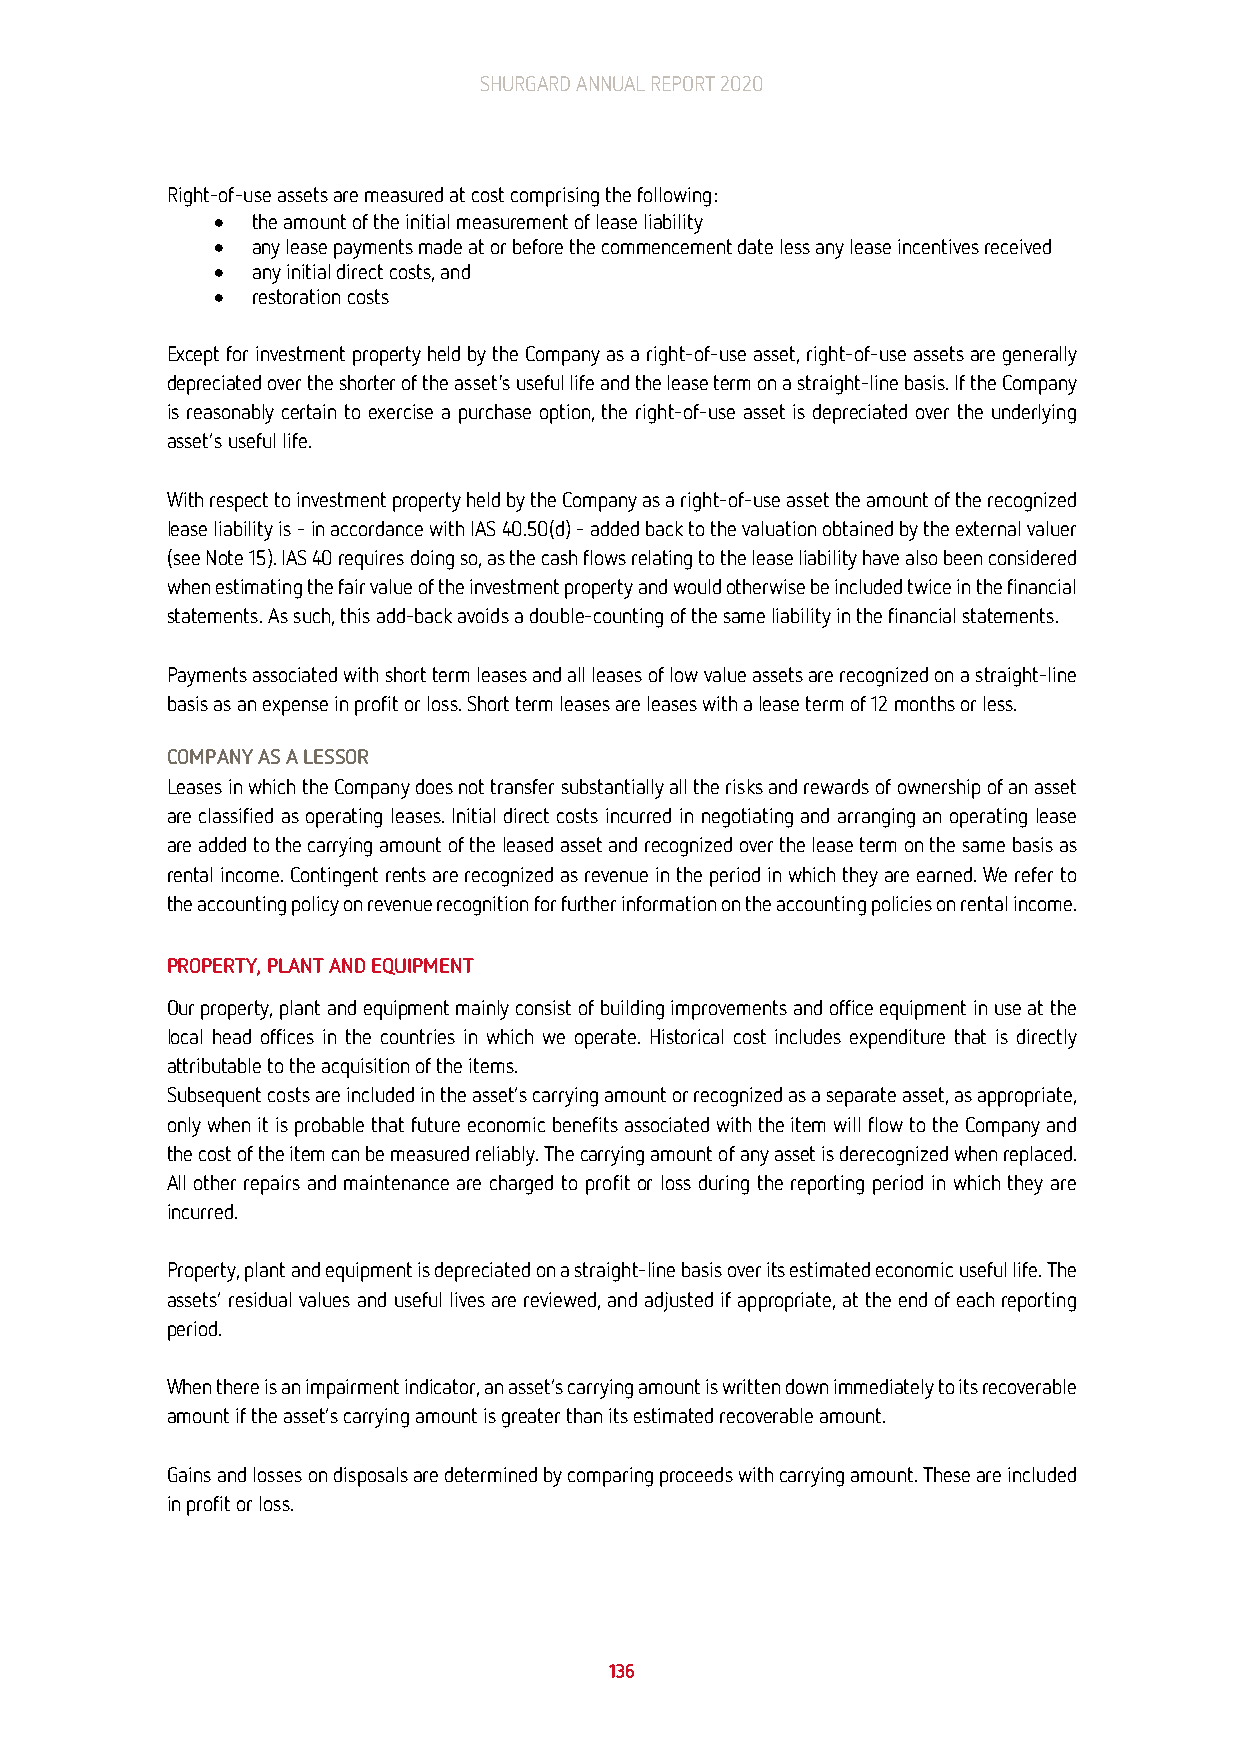
SHURGARD ANNUAL REPORT 2020
 Right-of-use assets are measured at cost comprising the following:
 •  the amount of the initial measurement of lease liability
 •  any lease payments made at or before the commencement date less any lease incentives received
 •  any initial direct costs, and
 •  restoration costs
 Except for investment property held by the Company as a right-of-use asset, right-of-use assets are generally
 depreciated over the shorter of the asset's useful life and the lease term on a straight-line basis. If the Company
 is reasonably certain to exercise a purchase option, the right-of-use asset is depreciated over the underlying
 asset’s useful life.
 With respect to investment property held by the Company as a right-of-use asset the amount of the recognized
 lease liability is - in accordance with IAS 40.50(d) - added back to the valuation obtained by the external valuer
 (see Note 15). IAS 40 requires doing so, as the cash flows relating to the lease liability have also been considered
 when estimating the fair value of the investment property and would otherwise be included twice in the financial
 statements. As such, this add-back avoids a double-counting of the same liability in the financial statements.
 Payments associated with short term leases and all leases of low value assets are recognized on a straight-line
 basis as an expense in profit or loss. Short term leases are leases with a lease term of 12 months or less.
 COMPANY AS A LESSOR
 Leases in which the Company does not transfer substantially all the risks and rewards of ownership of an asset
 are classified as operating leases. Initial direct costs incurred in negotiating and arranging an operating lease
 are added to the carrying amount of the leased asset and recognized over the lease term on the same basis as
 rental income. Contingent rents are recognized as revenue in the period in which they are earned. We refer to
 the accounting policy on revenue recognition for further information on the accounting policies on rental income.
 PROPERTY, PLANT AND EQUIPMENT
 Our property, plant and equipment mainly consist of building improvements and office equipment in use at the
 local head offices in the countries in which we operate. Historical cost includes expenditure that is directly
 attributable to the acquisition of the items.
 Subsequent costs are included in the asset’s carrying amount or recognized as a separate asset, as appropriate,
 only when it is probable that future economic benefits associated with the item will flow to the Company and
 the cost of the item can be measured reliably. The carrying amount of any asset is derecognized when replaced.
 All other repairs and maintenance are charged to profit or loss during the reporting period in which they are
 incurred.
 Property, plant and equipment is depreciated on a straight-line basis over its estimated economic useful life. The
 assets’ residual values and useful lives are reviewed, and adjusted if appropriate, at the end of each reporting
 period.
 When there is an impairment indicator, an asset’s carrying amount is written down immediately to its recoverable
 amount if the asset’s carrying amount is greater than its estimated recoverable amount.
 Gains and losses on disposals are determined by comparing proceeds with carrying amount. These are included
 in profit or loss.
 136